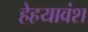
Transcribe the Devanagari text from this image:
हेहयावंश